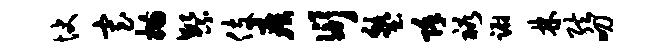
快寡描繁伎疾衍塾除裕蹰林弦叨